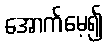
အောက်မေ့၍